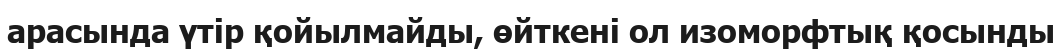
арасында үтір қойылмайды, өйткені ол изоморфтық қосынды